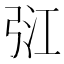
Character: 𢏠